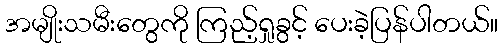
အမျိုးသမီးတွေကို ကြည့်ရှုခွင့် ပေးခဲ့ပြန်ပါတယ်။